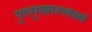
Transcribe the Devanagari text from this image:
गुरुमुखाल्लब्धं